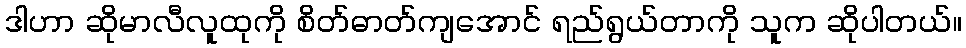
ဒါဟာ ဆိုမာလီလူထုကို စိတ်ဓာတ်ကျအောင် ရည်ရွယ်တာကို သူက ဆိုပါတယ်။